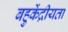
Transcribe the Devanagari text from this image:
बहुकेंद्रीयता